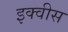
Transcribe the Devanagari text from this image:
इक्वीस